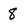
Character: 8